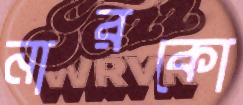
নারকো